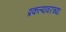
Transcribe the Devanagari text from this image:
प्रकल्पावरच्या